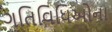
ગતિવિધિઅોના